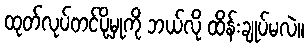
ထုတ်လုပ်တင်ပို့မှုကို ဘယ်လို ထိန်းချုပ်မလဲ။